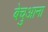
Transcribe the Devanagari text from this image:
बेचुआना